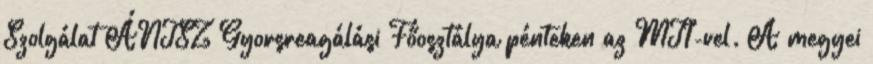
Szolgálat ÁNTSZ Gyorsreagálási Főosztálya pénteken az MTI-vel. A megyei